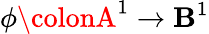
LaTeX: \phi\colonA^{1}\to\mathbf{B}^{1}